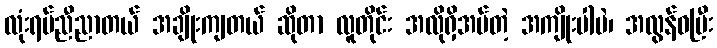
လုံးရပ်ညီညာတယ် အချိုးကျတယ် ဆိုတာ လူတိုင်း အလိုရှိအပ်တဲ့ အကျိုးပါပဲ၊ အလွန်ဝပြီး